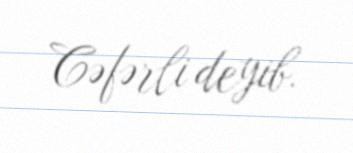
Cəfərli deyib.